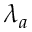
\lambda _ { a }